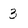
Character: 3